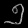
Digit: ၅